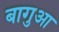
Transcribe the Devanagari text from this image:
बागुआ